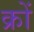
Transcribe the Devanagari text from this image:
क्रों